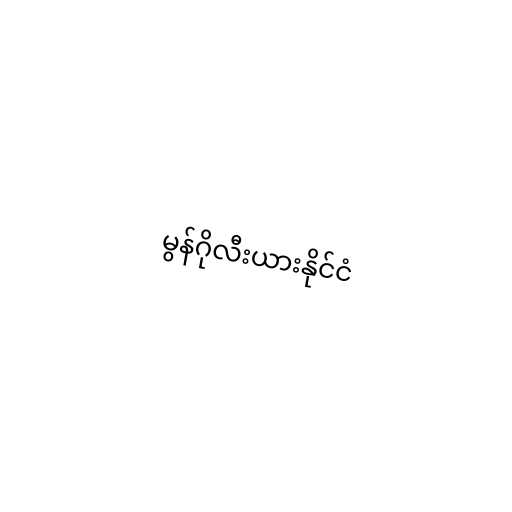
မွန်ဂိုလီးယားနိုင်ငံ